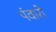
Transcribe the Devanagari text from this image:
पंवारो